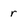
Character: r